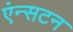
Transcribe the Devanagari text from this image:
एंन्सटन